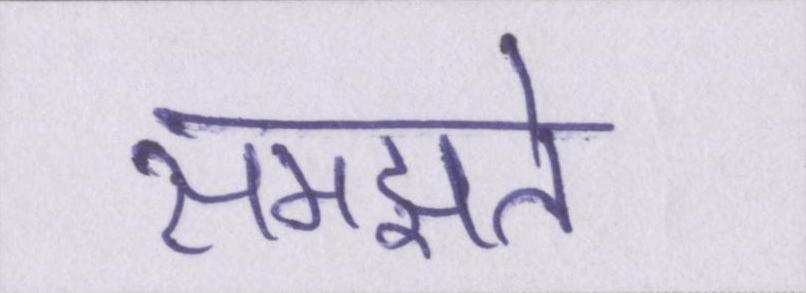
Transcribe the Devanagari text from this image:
समझते